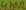
Text: 470Ω